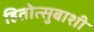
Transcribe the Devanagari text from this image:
हितोत्सुबाशी